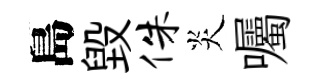
島毁侏炎囑